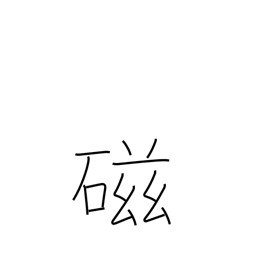
Meaning: porcelain